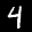
Label: 4